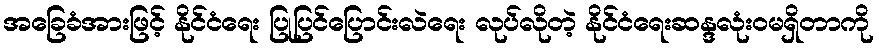
အခြေခံအားဖြင့် နိုင်ငံရေး ပြုပြင်ပြောင်းလဲရေး လုပ်လိုတဲ့ နိုင်ငံရေးဆန္ဒလုံးဝမရှိတာကို